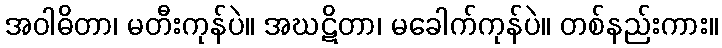
အဝါဓိတာ၊ မတီးကုန်ပဲ။ အဃဋိတာ၊ မခေါက်ကုန်ပဲ။ တစ်နည်းကား။